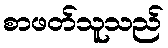
စာဖတ်သူသည်